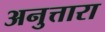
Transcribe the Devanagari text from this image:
अनुत्तारा